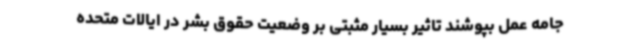
جامه عمل بپوشند تاثیر بسیار مثبتی بر وضعیت حقوق بشر در ایالات متحده